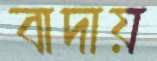
বাদায়